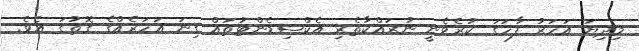
މިދިޔަ އަހަރު ފާހަގަ ކުރެވެނީ ނުރައްކާތެރި އެކްސިޑެންޓުތައް ގިނަ އަހަރެއްގެ ގޮތުގަ އެވެ.